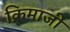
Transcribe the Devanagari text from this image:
क्रिमाजी